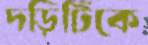
দড়িটিকে